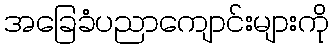
အခြေခံပညာကျောင်းများကို